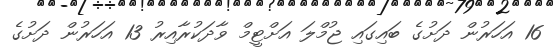
16 އަހަރުން ދަށުގެ ބައިގައި ޖުމްލަ އަށްޓީމް ވާދަކުރާއިރު 13 އަހަރުން ދަށުގެ